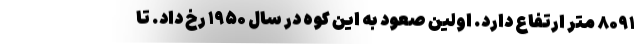
۸۰۹۱ متر ارتفاع دارد. اولین صعود به این کوه در سال ۱۹۵۰ رخ داد. تا